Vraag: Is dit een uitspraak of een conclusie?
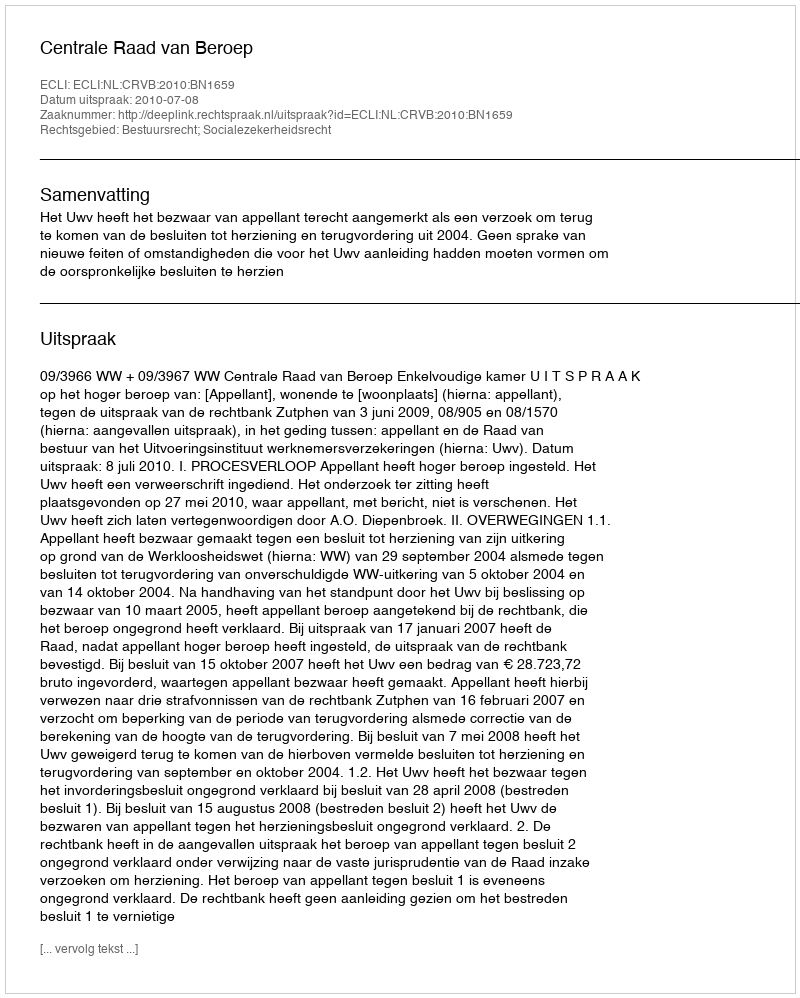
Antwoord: Uitspraak